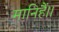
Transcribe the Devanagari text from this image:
मानिहैं।।